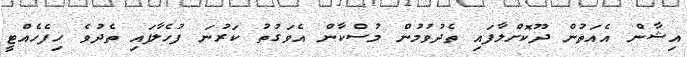
އިޝާން އެއަތުން ދޫކޮށްލާފައި ތެދުވުމުން މުސްކާން އެވަގުތު ކަރުނަ ފުހެލާފައި ތެދުވެ ހިފެހެއްޓީ